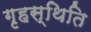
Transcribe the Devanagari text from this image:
गृहस्थिति